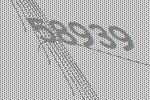
58939